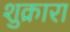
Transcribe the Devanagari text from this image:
शुक्रारा